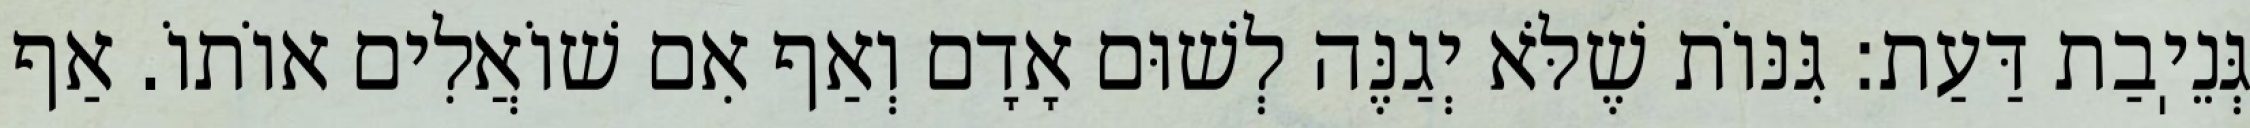
גְּנֵיֽבַת דַּעַת: גִּנּוֹת שֶׁלֹּא יְגַנֶּה לְשׁוּם אָדָם וְאַף אִם שׁוֹאֲלִים אוֹתוֹ. אַף